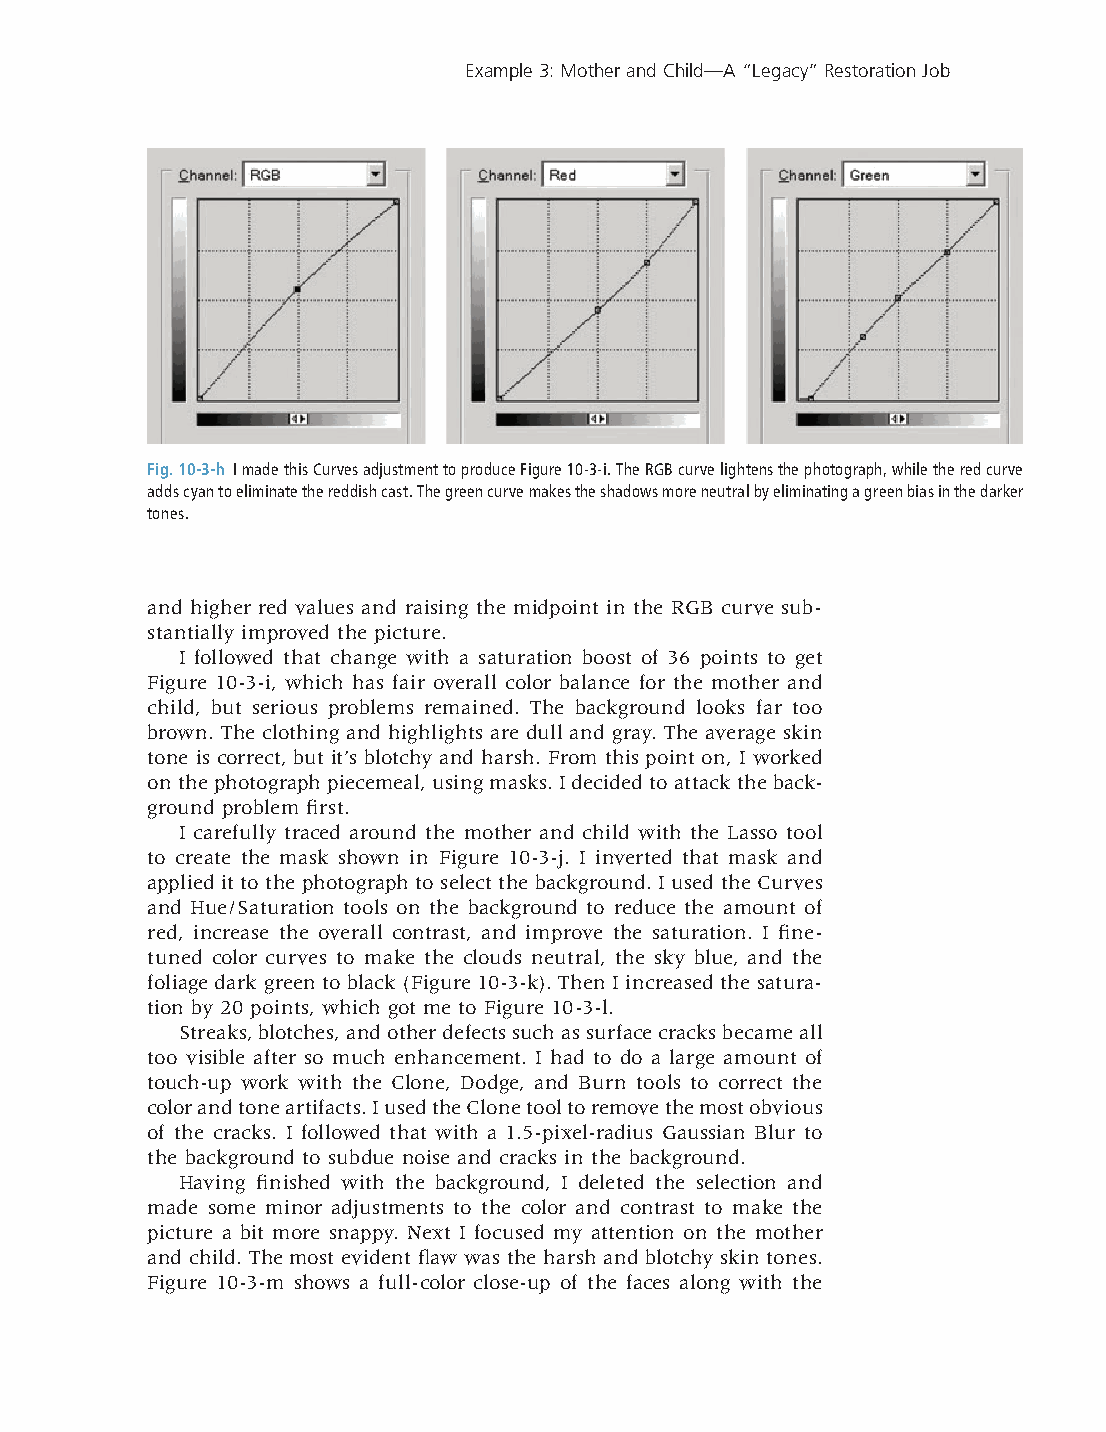
Example 3: Mother and Child—A “Legacy” Restoration Job
 Fig. 10-3-h I made this Curves adjustment to produce Figure 10-3-i. The RGB curve lightens the photograph, while the red curve
 adds cyan to eliminate the reddish cast. The green curve makes the shadows more neutral by eliminating a green bias in the darker
 tones.
 and higher red values and raising the midpoint in the RGB curve sub-
 stantially improved the picture.
 I followed that change with a saturation boost of 36 points to get
 Figure 10-3-i, which has fair overall color balance for the mother and
 child, but serious problems remained. The background looks far too
 brown. The clothing and highlights are dull and gray. The average skin
 tone is correct, but it’s blotchy and harsh. From this point on, I worked
 on the photograph piecemeal, using masks. I decided to attack the back-
 ground problem fi rst.
 I carefully traced around the mother and child with the Lasso tool
 to create the mask shown in Figure 10-3-j. I inverted that mask and
 applied it to the photograph to select the background. I used the Curves
 and Hue/Saturation tools on the background to reduce the amount of
 red, increase the overall contrast, and improve the saturation. I fi ne-
 tuned color curves to make the clouds neutral, the sky blue, and the
 foliage dark green to black (Figure 10-3-k). Then I increased the satura-
 tion by 20 points, which got me to Figure 10-3-l.
 Streaks, blotches, and other defects such as surface cracks became all
 too visible after so much enhancement. I had to do a large amount of
 touch-up work with the Clone, Dodge, and Burn tools to correct the
 color and tone artifacts. I used the Clone tool to remove the most obvious
 of the cracks. I followed that with a 1.5-pixel-radius Gaussian Blur to
 the background to subdue noise and cracks in the background.
 Having fi nished with the background, I deleted the selection and
 made some minor adjustments to the color and contrast to make the
 picture a bit more snappy. Next I focused my attention on the mother
 and child. The most evident fl aw was the harsh and blotchy skin tones.
 Figure 10-3-m shows a full-color close-up of the faces along with the
 CChh001100--KK8800881144..iinndddd 336677                       99//1144//22000066 66::1133::5511 PPMM